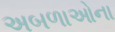
અબળાઓના